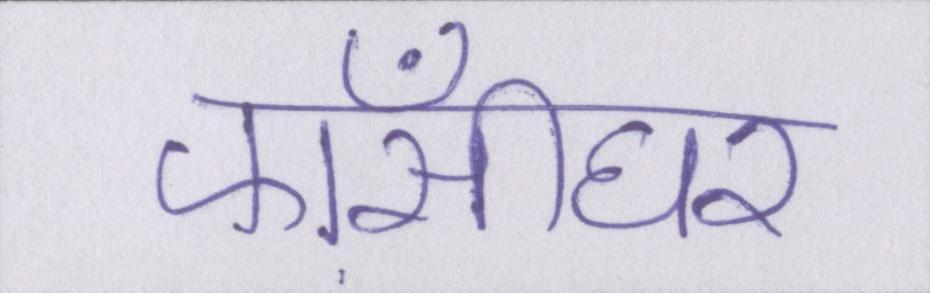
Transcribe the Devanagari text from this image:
फाँसीघर